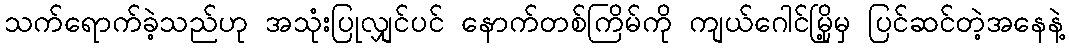
သက်ရောက်ခဲ့သည်ဟု အသုံးပြုလျှင်ပင် နောက်တစ်ကြိမ်ကို ကျယ်ဂေါင်မြို့မှ ပြင်ဆင်တဲ့အနေနဲ့